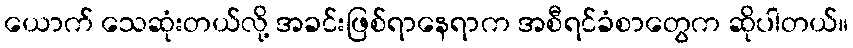
ယောက် သေဆုံးတယ်လို့ အခင်းဖြစ်ရာနေရာက အစီရင်ခံစာတွေက ဆိုပါတယ်။